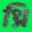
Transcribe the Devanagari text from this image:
थ्रि